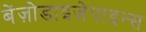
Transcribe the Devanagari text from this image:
बेंज़ोडाइज़ेपाइन्स